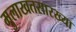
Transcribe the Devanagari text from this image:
मुलाखतसारख्या